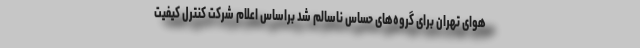
هوای تهران برای گروه‌های حساس ناسالم شد براساس اعلام شرکت کنترل کیفیت